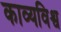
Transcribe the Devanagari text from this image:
काव्यविश्व